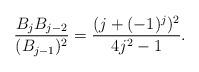
LaTeX: \begin{align*}\frac{B_jB_{j-2}}{(B_{j-1})^2} = \frac{(j+(-1)^j)^2}{4j^2-1}.\end{align*}